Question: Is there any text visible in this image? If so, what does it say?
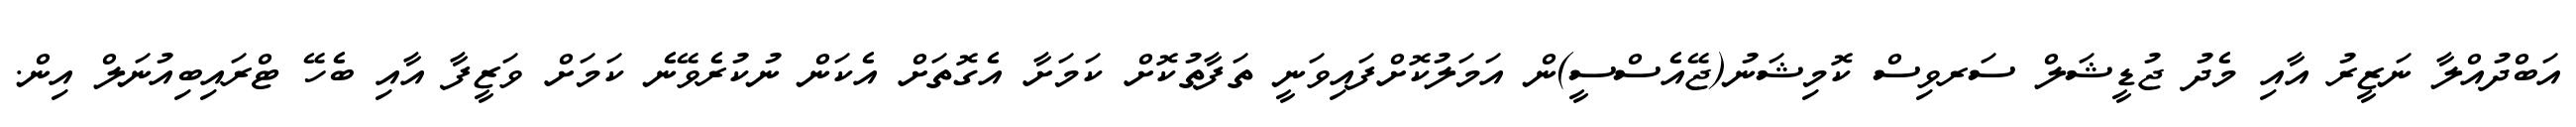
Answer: އަބްދުއްލާ ނަޒީރު އާއި މެދު ޖުޑީޝަލް ސަރވިސް ކޮމިޝަނު(ޖޭއެސްސީ)ން އަމަލުކޮށްފައިވަނީ ތަފާތުކޮށް ކަމަށާ އެގޮތަށް އެކަން ނުކުރެވޭނެ ކަމަށް ވަޒީފާ އާއި ބެހޭ ޓްރައިބިއުނަލް އިން.